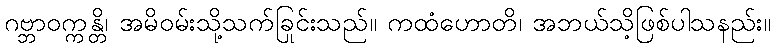
ဂဗ္ဘာဝက္ကန္တိ၊ အမိဝမ်းသို့သက်ခြင်းသည်။ ကထံဟောတိ၊ အဘယ်သို့ဖြစ်ပါသနည်း။